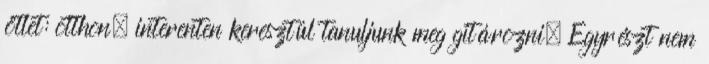
ötlet: otthon, interenten keresztül tanuljunk meg gitározni. Egyrészt nem